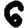
Digit: 6